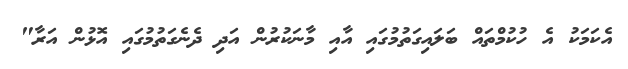
އެކަމަކު އެ ހުކުމްތައް ބަލައިގަތުމުގައި އާއި މާނަކުރުން އަދި ދެނެގަތުމުގައި އޮޅުން އަރާ"